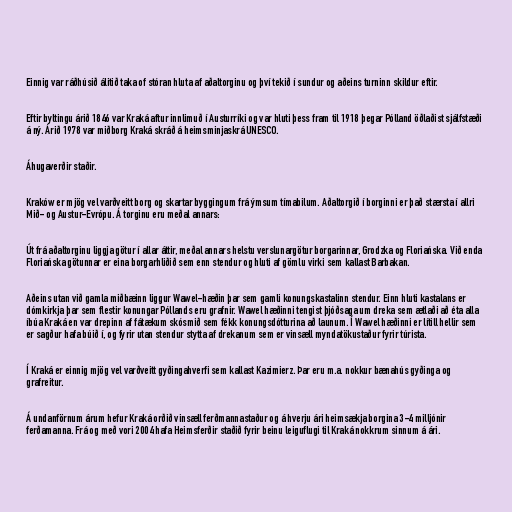
Einnig var ráðhúsið álitið taka of stóran hluta af aðaltorginu og því tekið í sundur og aðeins turninn skildur eftir.

Eftir byltingu árið 1846 var Kraká aftur innlimuð í Austurríki og var hluti þess fram til 1918 þegar Pólland öðlaðist sjálfstæði
á ný. Árið 1978 var miðborg Kraká skráð á heimsminjaskrá UNESCO.

Áhugaverðir staðir.

Kraków er mjög vel varðveitt borg og skartar byggingum frá ýmsum tímabilum. Aðaltorgið í borginni er það stærsta í allri
Mið- og Austur-Evrópu. Á torginu eru meðal annars:

Út frá aðaltorginu liggja götur í allar áttir, meðal annars helstu verslunargötur borgarinnar, Grodzka og Floriańska. Við enda
Floriańska götunnar er eina borgarhliðið sem enn stendur og hluti af gömlu virki sem kallast Barbakan.

Aðeins utan við gamla miðbæinn liggur Wawel-hæðin þar sem gamli konungskastalinn stendur. Einn hluti kastalans er
dómkirkja þar sem flestir konungar Póllands eru grafnir. Wawel hæðinni tengist þjóðsaga um dreka sem ætlaði að éta alla
íbúa Kraká en var drepinn af fátækum skósmið sem fékk konungsdótturina að launum. Í Wawel hæðinni er lítill hellir sem
er sagður hafa búið í, og fyrir utan stendur stytta af drekanum sem er vinsæll myndatökustaður fyrir túrista.

Í Kraká er einnig mjög vel varðveitt gyðingahverfi sem kallast Kazimierz. Þar eru m.a. nokkur bænahús gyðinga og
grafreitur.

Á undanförnum árum hefur Kraká orðið vinsæll ferðmannastaður og á hverju ári heimsækja borgina 3-4 milljónir
ferðamanna. Frá og með vori 2004 hafa Heimsferðir staðið fyrir beinu leiguflugi til Kraká nokkrum sinnum á ári.